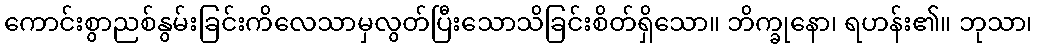
ကောင်းစွာညစ်နွမ်းခြင်းကိလေသာမှလွတ်ပြီးသောသိခြင်းစိတ်ရှိသော။ ဘိက္ခုနော၊ ရဟန်း၏။ ဘုသာ၊